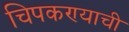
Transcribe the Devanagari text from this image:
चिपकण्याची